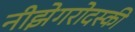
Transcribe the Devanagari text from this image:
नीझेगरोदस्की